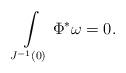
LaTeX: \begin{align*}\int\limits_{J^{-1}(0)} \Phi^*\omega=0.\end{align*}